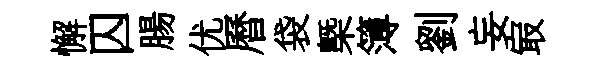
懈囚腸优曆袋槩簿劉妄㝡